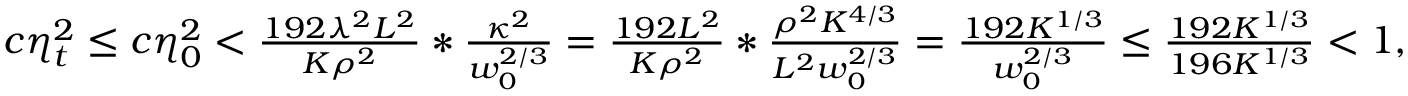
\begin{array} { r } { c \eta _ { t } ^ { 2 } \leq c \eta _ { 0 } ^ { 2 } < \frac { 1 9 2 \lambda ^ { 2 } L ^ { 2 } } { K \rho ^ { 2 } } * \frac { \kappa ^ { 2 } } { w _ { 0 } ^ { 2 / 3 } } = \frac { 1 9 2 L ^ { 2 } } { K \rho ^ { 2 } } * \frac { \rho ^ { 2 } K ^ { 4 / 3 } } { L ^ { 2 } w _ { 0 } ^ { 2 / 3 } } = \frac { 1 9 2 K ^ { 1 / 3 } } { w _ { 0 } ^ { 2 / 3 } } \leq \frac { 1 9 2 K ^ { 1 / 3 } } { 1 9 6 K ^ { 1 / 3 } } < 1 , } \end{array}